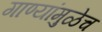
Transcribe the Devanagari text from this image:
गाण्यांमुळेच